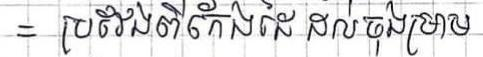
= ប្រវែងពីកែងដៃដល់ចុងម្រាម